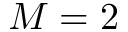
M = 2